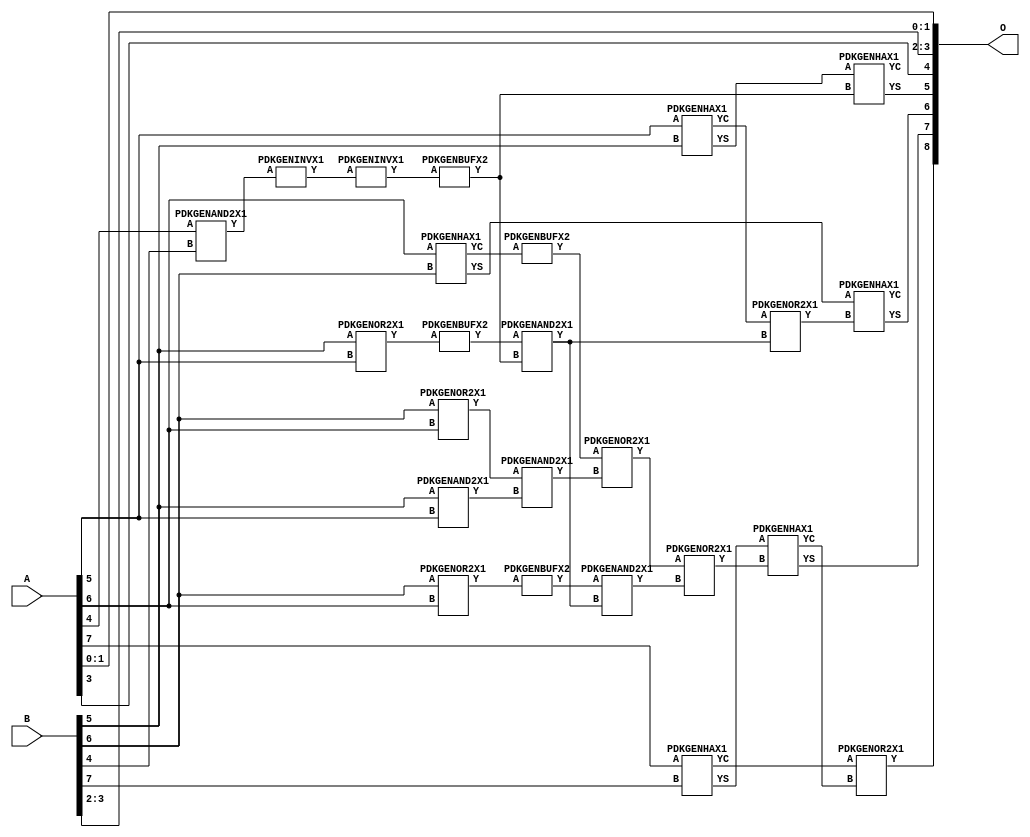
// Library = EvoApprox8b
// Circuit = add8_190
// Area   (180) = 992
// Delay  (180) = 0.800
// Power  (180) = 278.60
// Area   (45) = 69
// Delay  (45) = 0.340
// Power  (45) = 22.44
// Nodes = 24
// HD = 192640
// MAE = 9.75000
// MSE = 141.50000
// MRE = 5.22 %
// WCE = 23
// WCRE = 100 %
// EP = 96.9 %

module add8_190(A, B, O);
  input [7:0] A;
  input [7:0] B;
  output [8:0] O;
  wire [2031:0] N;

  assign N[0] = A[0];
  assign N[1] = A[0];
  assign N[2] = A[1];
  assign N[3] = A[1];
  assign N[4] = A[2];
  assign N[5] = A[2];
  assign N[6] = A[3];
  assign N[7] = A[3];
  assign N[8] = A[4];
  assign N[9] = A[4];
  assign N[10] = A[5];
  assign N[11] = A[5];
  assign N[12] = A[6];
  assign N[13] = A[6];
  assign N[14] = A[7];
  assign N[15] = A[7];
  assign N[16] = B[0];
  assign N[17] = B[0];
  assign N[18] = B[1];
  assign N[19] = B[1];
  assign N[20] = B[2];
  assign N[21] = B[2];
  assign N[22] = B[3];
  assign N[23] = B[3];
  assign N[24] = B[4];
  assign N[25] = B[4];
  assign N[26] = B[5];
  assign N[27] = B[5];
  assign N[28] = B[6];
  assign N[29] = B[6];
  assign N[30] = B[7];
  assign N[31] = B[7];

  PDKGENOR2X1 n42(.A(N[28]), .B(N[12]), .Y(N[42]));
  assign N[43] = N[42];
  PDKGENOR2X1 n44(.A(N[28]), .B(N[12]), .Y(N[44]));
  PDKGENAND2X1 n46(.A(N[26]), .B(N[10]), .Y(N[46]));
  PDKGENAND2X1 n68(.A(N[8]), .B(N[24]), .Y(N[68]));
  assign N[69] = N[68];
  PDKGENBUFX2 n72(.A(N[44]), .Y(N[72]));
  assign N[73] = N[72];
  PDKGENHAX1 n78(.A(N[10]), .B(N[26]), .YS(N[78]), .YC(N[79]));
  PDKGENHAX1 n86(.A(N[12]), .B(N[28]), .YS(N[86]), .YC(N[87]));
  PDKGENHAX1 n96(.A(N[14]), .B(N[30]), .YS(N[96]), .YC(N[97]));
  PDKGENOR2X1 n134(.A(N[26]), .B(N[10]), .Y(N[134]));
  assign N[135] = N[134];
  PDKGENBUFX2 n136(.A(N[135]), .Y(N[136]));
  assign N[137] = N[136];
  PDKGENBUFX2 n142(.A(N[87]), .Y(N[142]));
  assign N[143] = N[142];
  PDKGENINVX1 n144(.A(N[69]), .Y(N[144]));
  assign N[145] = N[144];
  PDKGENINVX1 n146(.A(N[145]), .Y(N[146]));
  PDKGENBUFX2 n152(.A(N[146]), .Y(N[152]));
  PDKGENAND2X1 n162(.A(N[43]), .B(N[46]), .Y(N[162]));
  PDKGENOR2X1 n180(.A(N[143]), .B(N[162]), .Y(N[180]));
  PDKGENAND2X1 n226(.A(N[137]), .B(N[152]), .Y(N[226]));
  assign N[227] = N[226];
  PDKGENOR2X1 n244(.A(N[79]), .B(N[226]), .Y(N[244]));
  PDKGENAND2X1 n254(.A(N[73]), .B(N[227]), .Y(N[254]));
  PDKGENOR2X1 n272(.A(N[180]), .B(N[254]), .Y(N[272]));
  PDKGENHAX1 n394(.A(N[78]), .B(N[152]), .YS(N[394]), .YC(N[395]));
  PDKGENHAX1 n404(.A(N[86]), .B(N[244]), .YS(N[404]), .YC(N[405]));
  PDKGENHAX1 n412(.A(N[96]), .B(N[272]), .YS(N[412]), .YC(N[413]));
  PDKGENOR2X1 n422(.A(N[97]), .B(N[413]), .Y(N[422]));

  assign O[0] = N[0];
  assign O[1] = N[2];
  assign O[2] = N[20];
  assign O[3] = N[22];
  assign O[4] = N[6];
  assign O[5] = N[394];
  assign O[6] = N[404];
  assign O[7] = N[412];
  assign O[8] = N[422];

endmodule
/* mod */
module PDKGENHAX1( input A, input B, output YS, output YC );
    assign YS = A ^ B;
    assign YC = A & B;
endmodule
/* mod */
module PDKGENOR2X1(input A, input B, output Y );
     assign Y = A | B;
endmodule
/* mod */
module PDKGENAND2X1(input A, input B, output Y );
     assign Y = A & B;
endmodule
/* mod */
module PDKGENINVX1(input A, output Y );
     assign Y = ~A;
endmodule
/* mod */
module PDKGENBUFX2(input A, output Y );
     assign Y = A;
endmodule